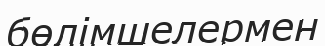
бөлімшелермен